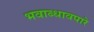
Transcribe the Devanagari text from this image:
भवाब्धावपारे